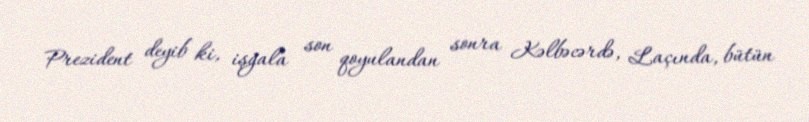
Prezident deyib ki, işğala son qoyulandan sonra Kəlbəcərdə, Laçında, bütün